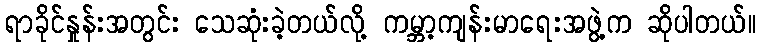
ရာခိုင်နှုန်းအတွင်း သေဆုံးခဲ့တယ်လို့ ကမ္ဘာ့ကျန်းမာရေးအဖွဲ့က ဆိုပါတယ်။